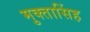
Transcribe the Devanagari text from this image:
मुक्तासिंह